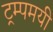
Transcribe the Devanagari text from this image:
ट्रम्पमयी